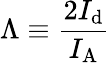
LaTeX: \Lambda\equiv\frac{2I_{\mathrm{d}}}{I_{\mathrm{A}}}